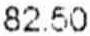
82.50